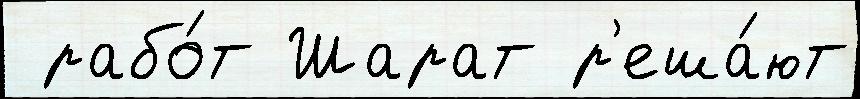
 рабо́т Шарат р'еша́ют